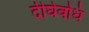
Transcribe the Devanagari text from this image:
दीर्घवधि